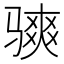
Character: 𫘭